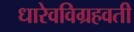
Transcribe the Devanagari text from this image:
धारेवविग्रहवती